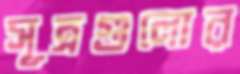
সূত্রগুলোর